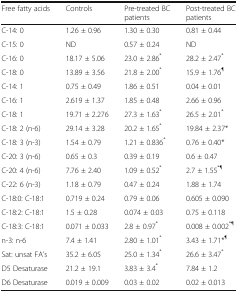
<table><thead><tr><td><b>Free fatty acids</b></td><td><b>Controls</b></td><td><b>Pre-treated BC patients</b></td><td><b>Post-treated BC patients</b></td></tr></thead><tbody><tr><td>C-14: 0</td><td>1.26 ± 0.96</td><td>1.30 ± 0.30</td><td>0.81 ± 0.44</td></tr><tr><td>C-15: 0</td><td>ND</td><td>0.57 ± 0.24</td><td>ND</td></tr><tr><td>C-16: 0</td><td>18.17 ± 5.06</td><td>23.0 ± 2.86<sup>*</sup></td><td>28.2 ± 2.47<sup>*</sup></td></tr><tr><td>C-18: 0</td><td>13.89 ± 3.56</td><td>21.8 ± 2.00<sup>*</sup></td><td>15.9 ± 1.76<sup>¶</sup></td></tr><tr><td>C-14: 1</td><td>0.75 ± 0.49</td><td>1.86 ± 0.51</td><td>0.04 ± 0.01</td></tr><tr><td>C-16: 1</td><td>2.619 ± 1.37</td><td>1.85 ± 0.48</td><td>2.66 ± 0.96</td></tr><tr><td>C-18: 1</td><td>19.71 ± 2.276</td><td>27.3 ± 1.63<sup>*</sup></td><td>26.5 ± 2.01<sup>*</sup></td></tr><tr><td>C-18: 2 (n-6)</td><td>29.14 ± 3.28</td><td>20.2 ± 1.65<sup>*</sup></td><td>19.84 ± 2.37*</td></tr><tr><td>C-18: 3 (n-3)</td><td>1.54 ± 0.79</td><td>1.21 ± 0.836<sup>*</sup></td><td>0.76 ± 0.40*</td></tr><tr><td>C-20: 3 (n-6)</td><td>0.65 ± 0.3</td><td>0.39 ± 0.19</td><td>0.6 ± 0.47</td></tr><tr><td>C-20: 4 (n-6)</td><td>7.76 ± 2.40</td><td>1.09 ± 0.52<sup>*</sup></td><td>2.7 ± 1.55<sup>*¶</sup></td></tr><tr><td>C-22: 6 (n-3)</td><td>1.18 ± 0.79</td><td>0.47 ± 0.24</td><td>1.88 ± 1.74</td></tr><tr><td>C-18:0: C-18:1</td><td>0.719 ± 0.24</td><td>0.79 ± 0.06</td><td>0.605 ± 0.090</td></tr><tr><td>C-18:2: C-18:1</td><td>1.5 ± 0.28</td><td>0.074 ± 0.03</td><td>0.75 ± 0.118</td></tr><tr><td>C-18:3: C-18:1</td><td>0.071 ± 0.033</td><td>2.8 ± 0.97<sup>*</sup></td><td>0.008 ± 0.002<sup>*¶</sup></td></tr><tr><td>n-3: n-6</td><td>7.4 ± 1.41</td><td>2.80 ± 1.01<sup>*</sup></td><td>3.43 ± 1.71*<sup>¶</sup></td></tr><tr><td>Sat: unsat FA’s</td><td>35.2 ± 6.05</td><td>25.0 ± 1.34<sup>*</sup></td><td>26.6 ± 3.47<sup>*</sup></td></tr><tr><td>D5 Desaturase</td><td>21.2 ± 19.1</td><td>3.83 ± 3.4<sup>*</sup></td><td>7.84 ± 1.2</td></tr><tr><td>D6 Desaturase</td><td>0.019 ± 0.009</td><td>0.03 ± 0.02</td><td>0.02 ± 0.013</td></tr></tbody></table>